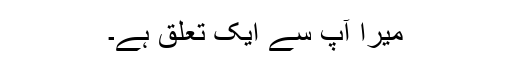
میرا آپ سے ایک تعلق ہے۔